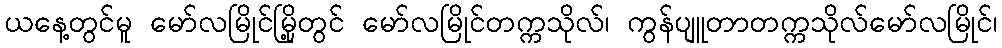
ယနေ့တွင်မူ မော်လမြိုင်မြို့တွင် မော်လမြိုင်တက္ကသိုလ်၊ ကွန်ပျူတာတက္ကသိုလ်မော်လမြိုင်၊